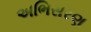
અભિસરણ